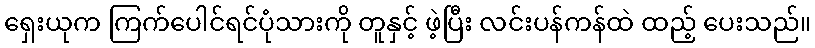
ရှေးယုက ကြက်ပေါင်ရင်ပုံသားကို တူနှင့် ဖဲ့ပြီး လင်းပန်ကန်ထဲ ထည့် ပေးသည်။